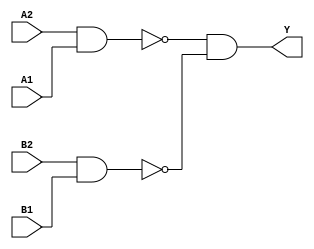
module sky130_fd_sc_hvl__a22oi (
    Y ,
    A1,
    A2,
    B1,
    B2
);

    // Module ports
    output Y ;
    input  A1;
    input  A2;
    input  B1;
    input  B2;

    // Local signals
    wire nand0_out ;
    wire nand1_out ;
    wire and0_out_Y;

    //   Name   Output      Other arguments
    nand nand0 (nand0_out , A2, A1              );
    nand nand1 (nand1_out , B2, B1              );
    and  and0  (and0_out_Y, nand0_out, nand1_out);
    buf  buf0  (Y         , and0_out_Y          );

endmodule